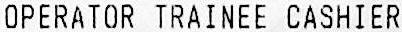
OPERATOR TRAINEE CASHIER